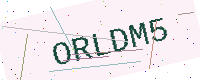
Text: ORLDM5